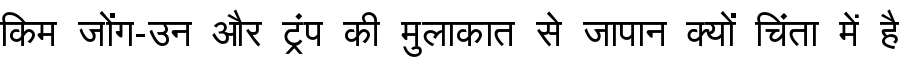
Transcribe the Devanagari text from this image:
किम जोंग-उन और ट्रंप की मुलाकात से जापान क्यों चिंता में है